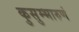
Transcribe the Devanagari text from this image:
कुसुम्भारुणं